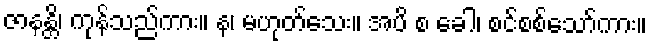
ဇာနန္တိ၊ ကုန်သည်ကား။ န၊ မဟုတ်သေး။ အပိ စ ခေါ၊ စင်စစ်သော်ကား။